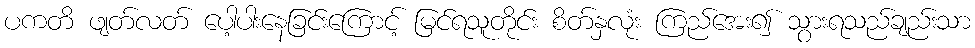
ပကတိ ဖျတ်လတ် ပေါ့ပါးနေခြင်းကြောင့် မြင်ရသူတိုင်း စိတ်နှလုံး ကြည်အေး၍ သွားရသည်ချည်းသာ